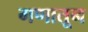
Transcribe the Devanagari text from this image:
गणातून